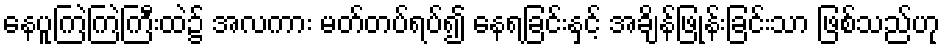
နေပူကြဲကြဲကြီးထဲ၌ အလကား မတ်တပ်ရပ်၍ နေရခြင်းနှင့် အချိန်ဖြုန်းခြင်းသာ ဖြစ်သည်ဟု